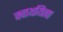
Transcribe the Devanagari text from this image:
क्वाथयित्वा